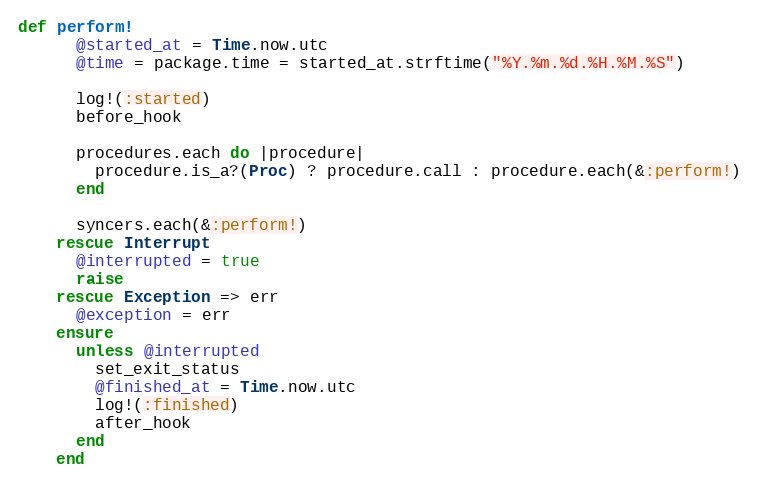
Language: Ruby
def perform!
      @started_at = Time.now.utc
      @time = package.time = started_at.strftime("%Y.%m.%d.%H.%M.%S")

      log!(:started)
      before_hook

      procedures.each do |procedure|
        procedure.is_a?(Proc) ? procedure.call : procedure.each(&:perform!)
      end

      syncers.each(&:perform!)
    rescue Interrupt
      @interrupted = true
      raise
    rescue Exception => err
      @exception = err
    ensure
      unless @interrupted
        set_exit_status
        @finished_at = Time.now.utc
        log!(:finished)
        after_hook
      end
    end